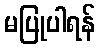
မပြုပါရန်